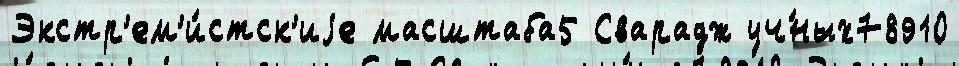
Экстр'ем'и́стск'иjе масштаба5 Сварадж уч́ных78910